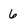
Character: 6